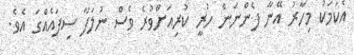
އެކަމަކު މިހާރު އޭނާ ފެންނަން ހުރީ ކުރިއަށްވުރެ ވެސް ނުލަފާ ސިފައެއްގަ އެވެ.